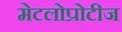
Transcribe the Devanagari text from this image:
मेटलोप्रोटीज